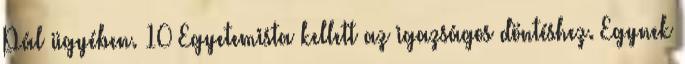
Pál ügyében. 10 Egyetemista kellett az igazságos döntéshez. Egynek